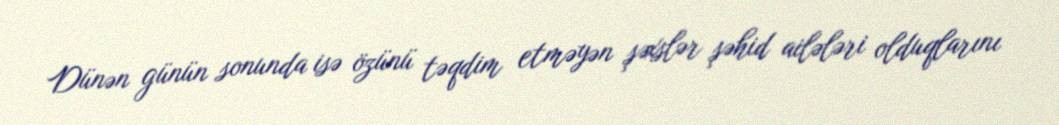
Dünən günün sonunda isə özünü təqdim etməyən şəxslər şəhid ailələri olduqlarını